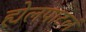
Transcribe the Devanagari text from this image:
ह्येलपाटलं